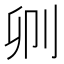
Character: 𠛓